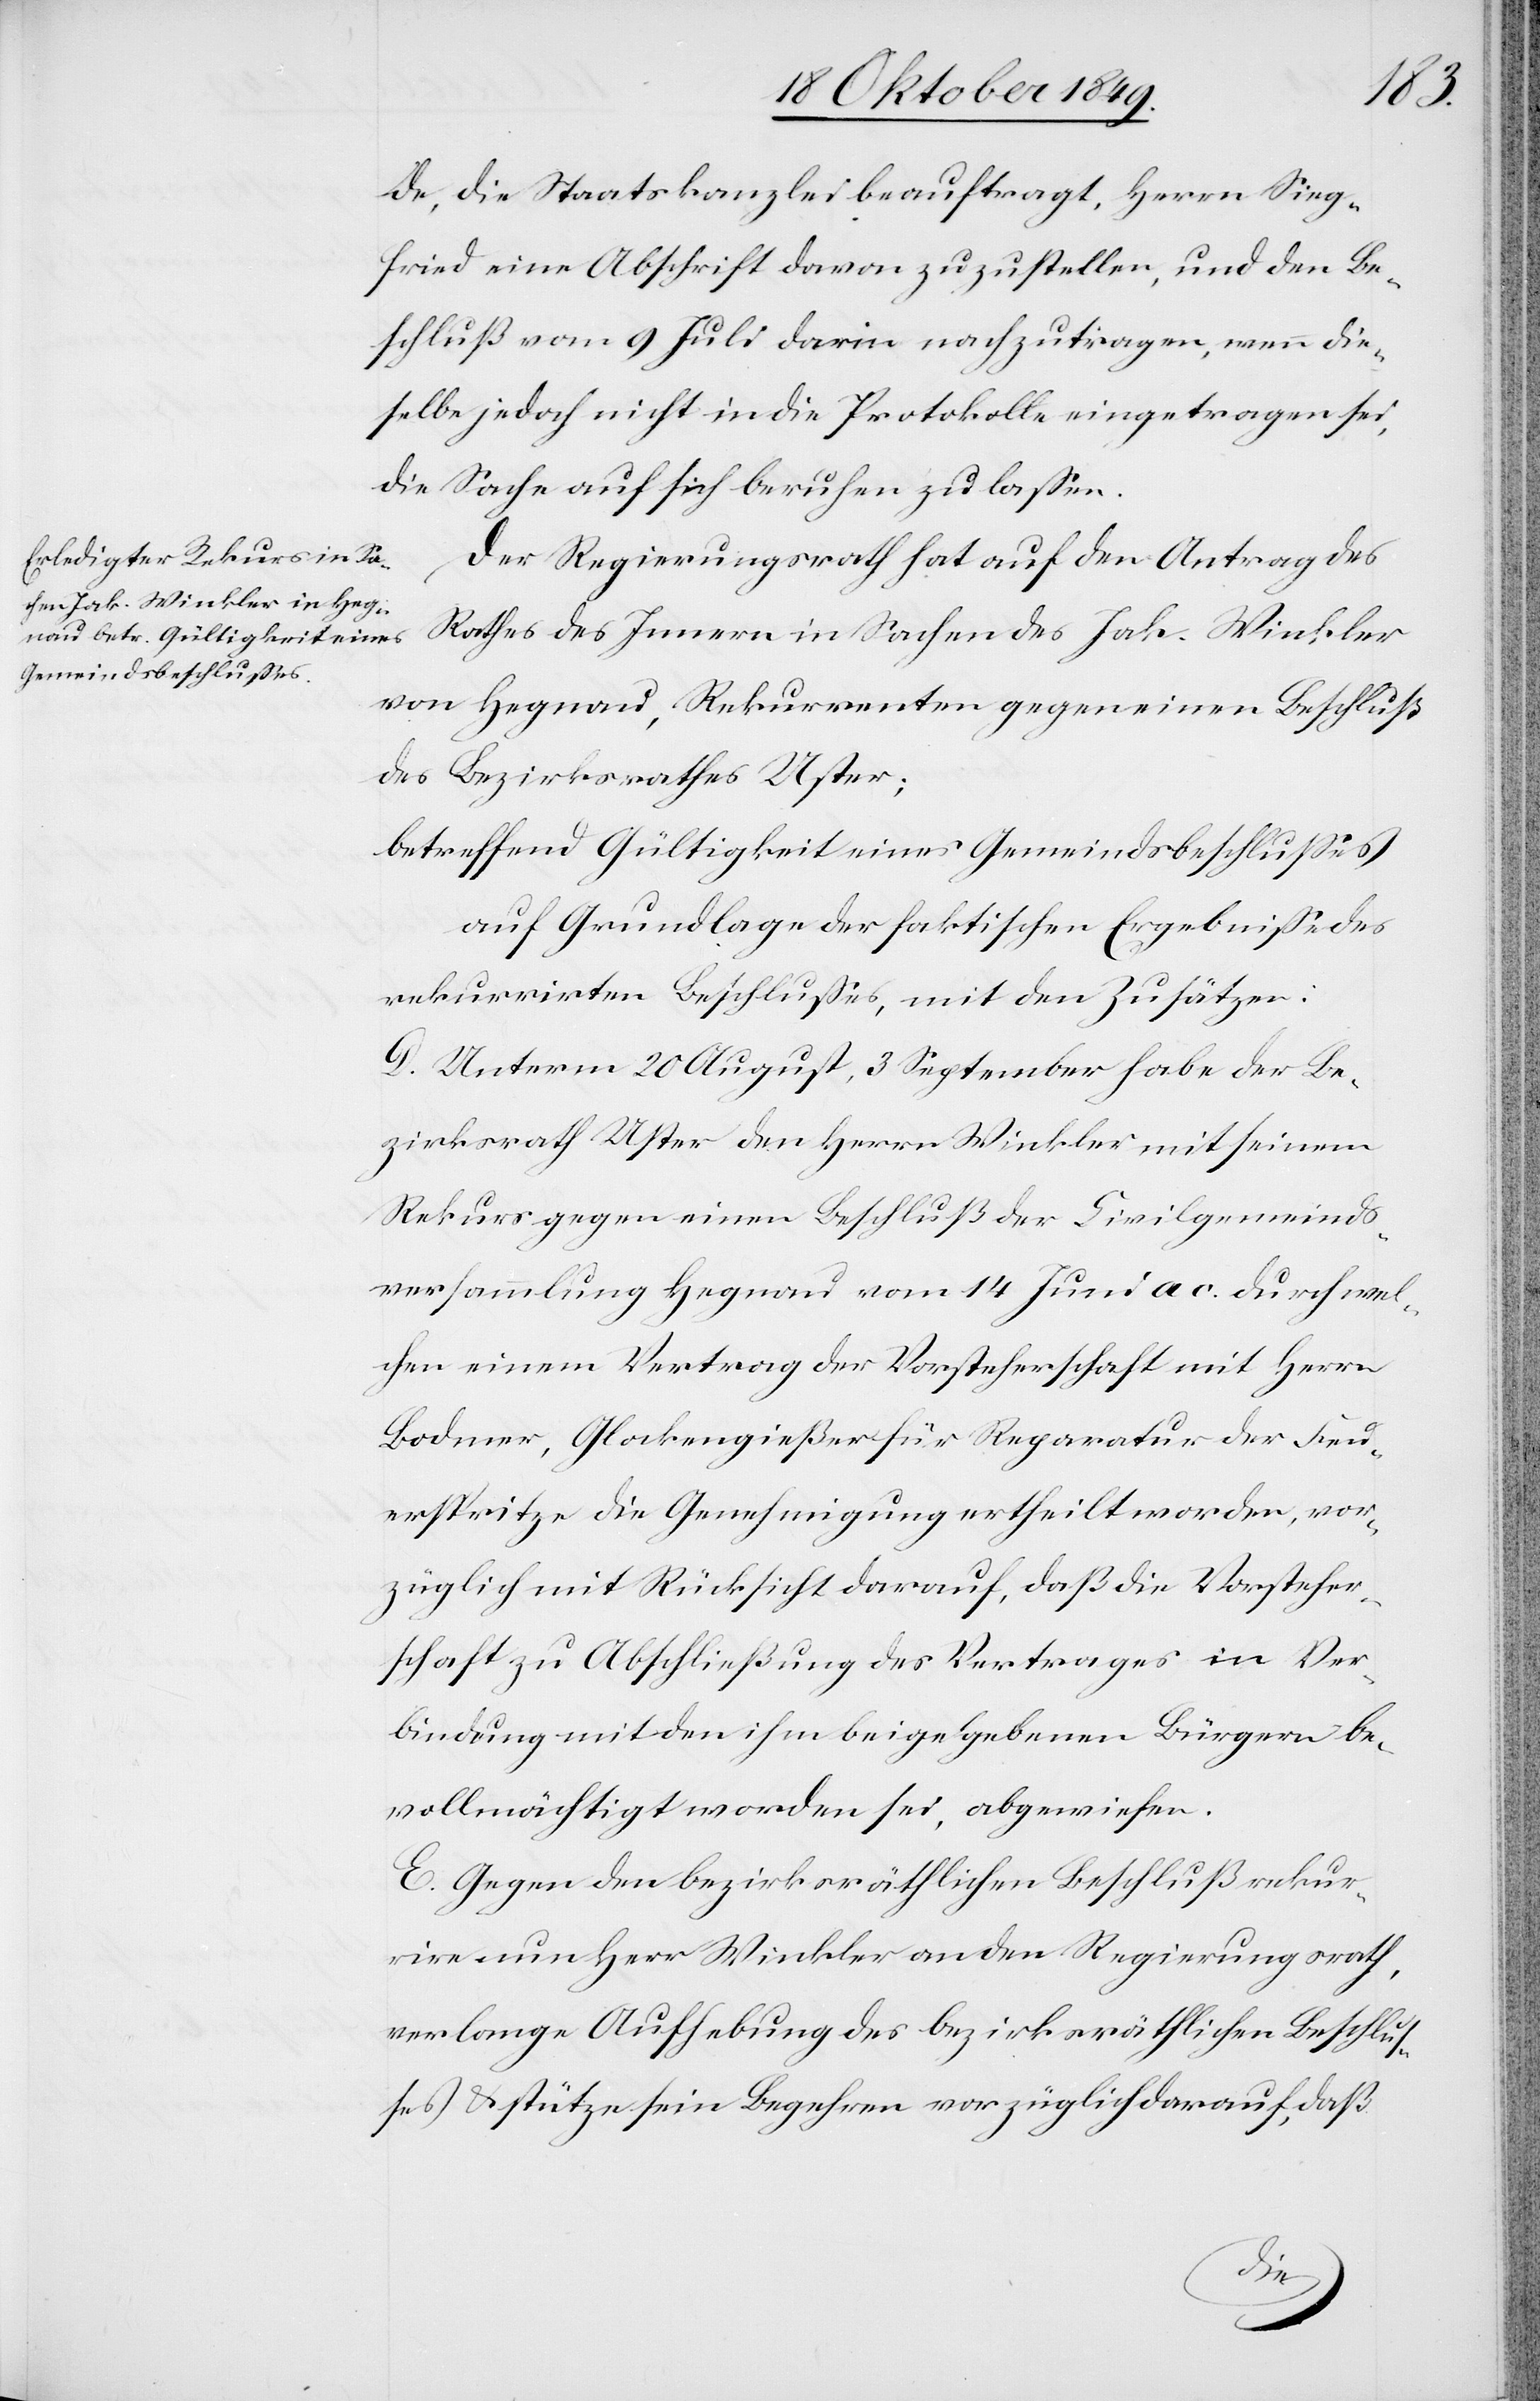
de, die Staatskanzlei beauftragt, Herrn Sieg¬
fried eine Abschrift davon zuzustellen, und den Be¬
schluß vom 9 Juli darin nachzutragen, wenn die¬
selbe jedoch nicht in die Protokolle eingetragen sei,
die Sache auf sich beruhen zu laßen.
Der Regierungsrath hat auf den Antrag des
Rathes des Innern in Sachen des Jak. Winkler
von Hegnau, Rekurrenten gegen einen Beschluß
des Bezirksrathes Uster;
betreffend Gültigkeit eines Gemeindsbeschlußes
auf Grundlage der faktischen Ergebniße des
rekurrirten Beschlußes, mit den Zusätzen:
D. Unterm 20 August, 3 September habe der Be¬
zirksrath Uster den Herrn Winkler mit seinem
Rekurs gegen einen Beschluß der Civilgemeinds¬
versammlung Hegnau vom 14 Juni ac. durch wel¬
chen einem Vertrag der Vorsteherschaft mit Herrn
Bodmer, Glockengießer für Reparatur der Feu¬
erspritze die Genehmigung ertheilt worden, vor¬
züglich mit Rücksicht darauf, daß die Vorsteher¬
schaft zu Abschließung des Vertrages in Ver¬
bindung mit den ihm beigegebenen Bürgern be¬
vollmächtigt worden sei, abgewiesen.
E. Gegen den bezirksräthlichen Beschluß rekur¬
rire nun Herr Winkler an den Regierungsrath,
verlange Aufhebung des bezirksräthlichen Beschluß¬
es u. stütze sein Begehren vorzüglich darauf, daß